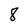
Character: 8